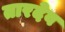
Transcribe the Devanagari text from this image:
तारदेव